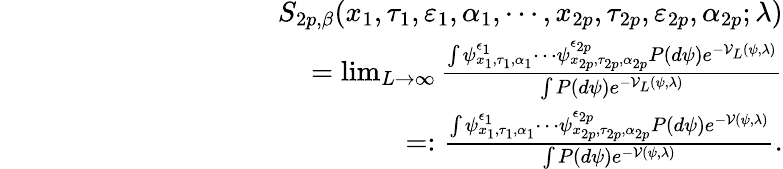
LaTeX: \begin{array}{rlr}&{}&{S_{2p,\beta}(x_{1},\tau_{1},\varepsilon_{1},\alpha_{1},\cdots,x_{2p},\tau_{2p},\varepsilon_{2p},\alpha_{2p};\lambda)}\\ &{}&{\quad\quad\quad\quad\quad\quad\quad\quad\quad=\operatorname*{lim}_{L\rightarrow\infty}\frac{\int\psi_{x_{1},\tau_{1},\alpha_{1}}^{\epsilon_{1}}\cdots\psi_{x_{2p},\tau_{2p},\alpha_{2p}}^{\epsilon_{2p}}P(d\psi)e^{-{\cal V}_{L}(\psi,\lambda)}}{\int P(d\psi)e^{-{\cal V}_{L}(\psi,\lambda)}}}\\ &{}&{\quad\quad\quad\quad\quad\quad\quad\quad\quad=:\frac{\int\psi_{x_{1},\tau_{1},\alpha_{1}}^{\epsilon_{1}}\cdots\psi_{x_{2p},\tau_{2p},\alpha_{2p}}^{\epsilon_{2p}}P(d\psi)e^{-{\cal V}(\psi,\lambda)}}{\int P(d\psi)e^{-{\cal V}(\psi,\lambda)}}.}\end{array}